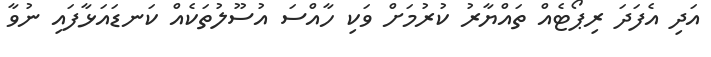
އަދި އެފަދަ ރިޕޯޓެއް ތައްޔާރު ކުރުމަށް ވަކި ހާއްސަ އުސޫލުތަކެއް ކަނޑައަޅާފައި ނުވާ